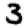
Digit: 3